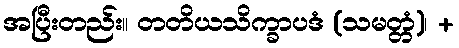
အပြီးတည်း။ တတိယသိက္ခာပဒံ (သမတ္တံ)၊ +